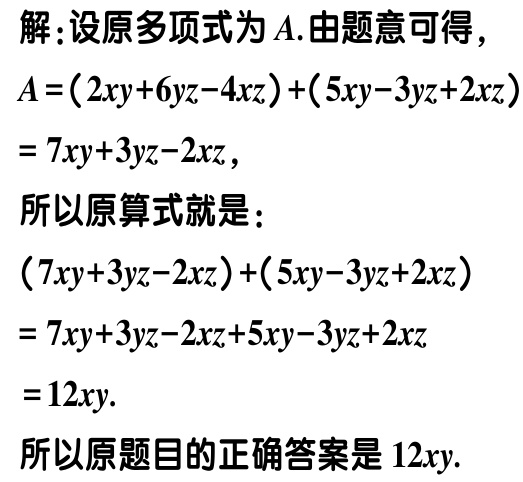
解：设原多项式为\(A\).由题意可得，
\(A=(2xy + 6yz - 4xz)+(5xy - 3yz + 2xz)\)
\(= 7xy + 3yz - 2xz\)，
所以原算式就是：
\((7xy + 3yz - 2xz)+(5xy - 3yz + 2xz)\)
\(= 7xy + 3yz - 2xz + 5xy - 3yz + 2xz\)
\(= 12xy\).
所以原题目的正确答案是\(12xy\).